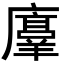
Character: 𫸇